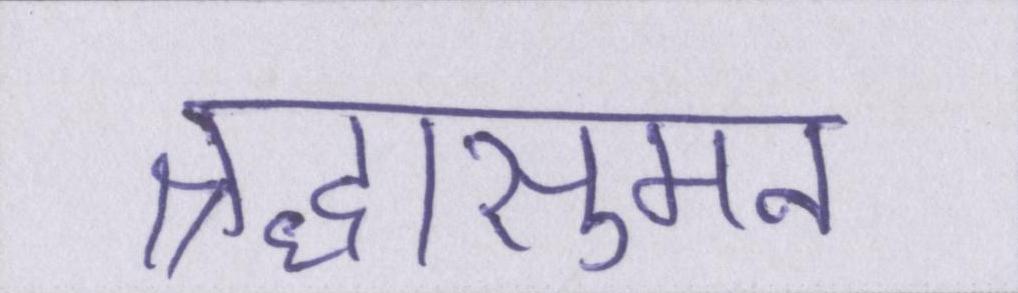
श्रद्धासुमन